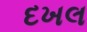
દખલ